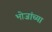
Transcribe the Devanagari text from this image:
भोजांच्या